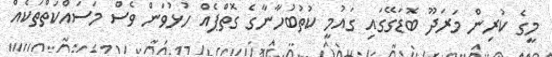
މީގެ ކުރިން މަރަދޫ ބޮޑަގޭގައި ގައުމީ ކުތުބުހާނާގެ ގޮތްޕެއް ހުޅުވަން ވެސް މަސައްކަތްތަކެއް